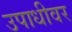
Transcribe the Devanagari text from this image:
उपाधीवर